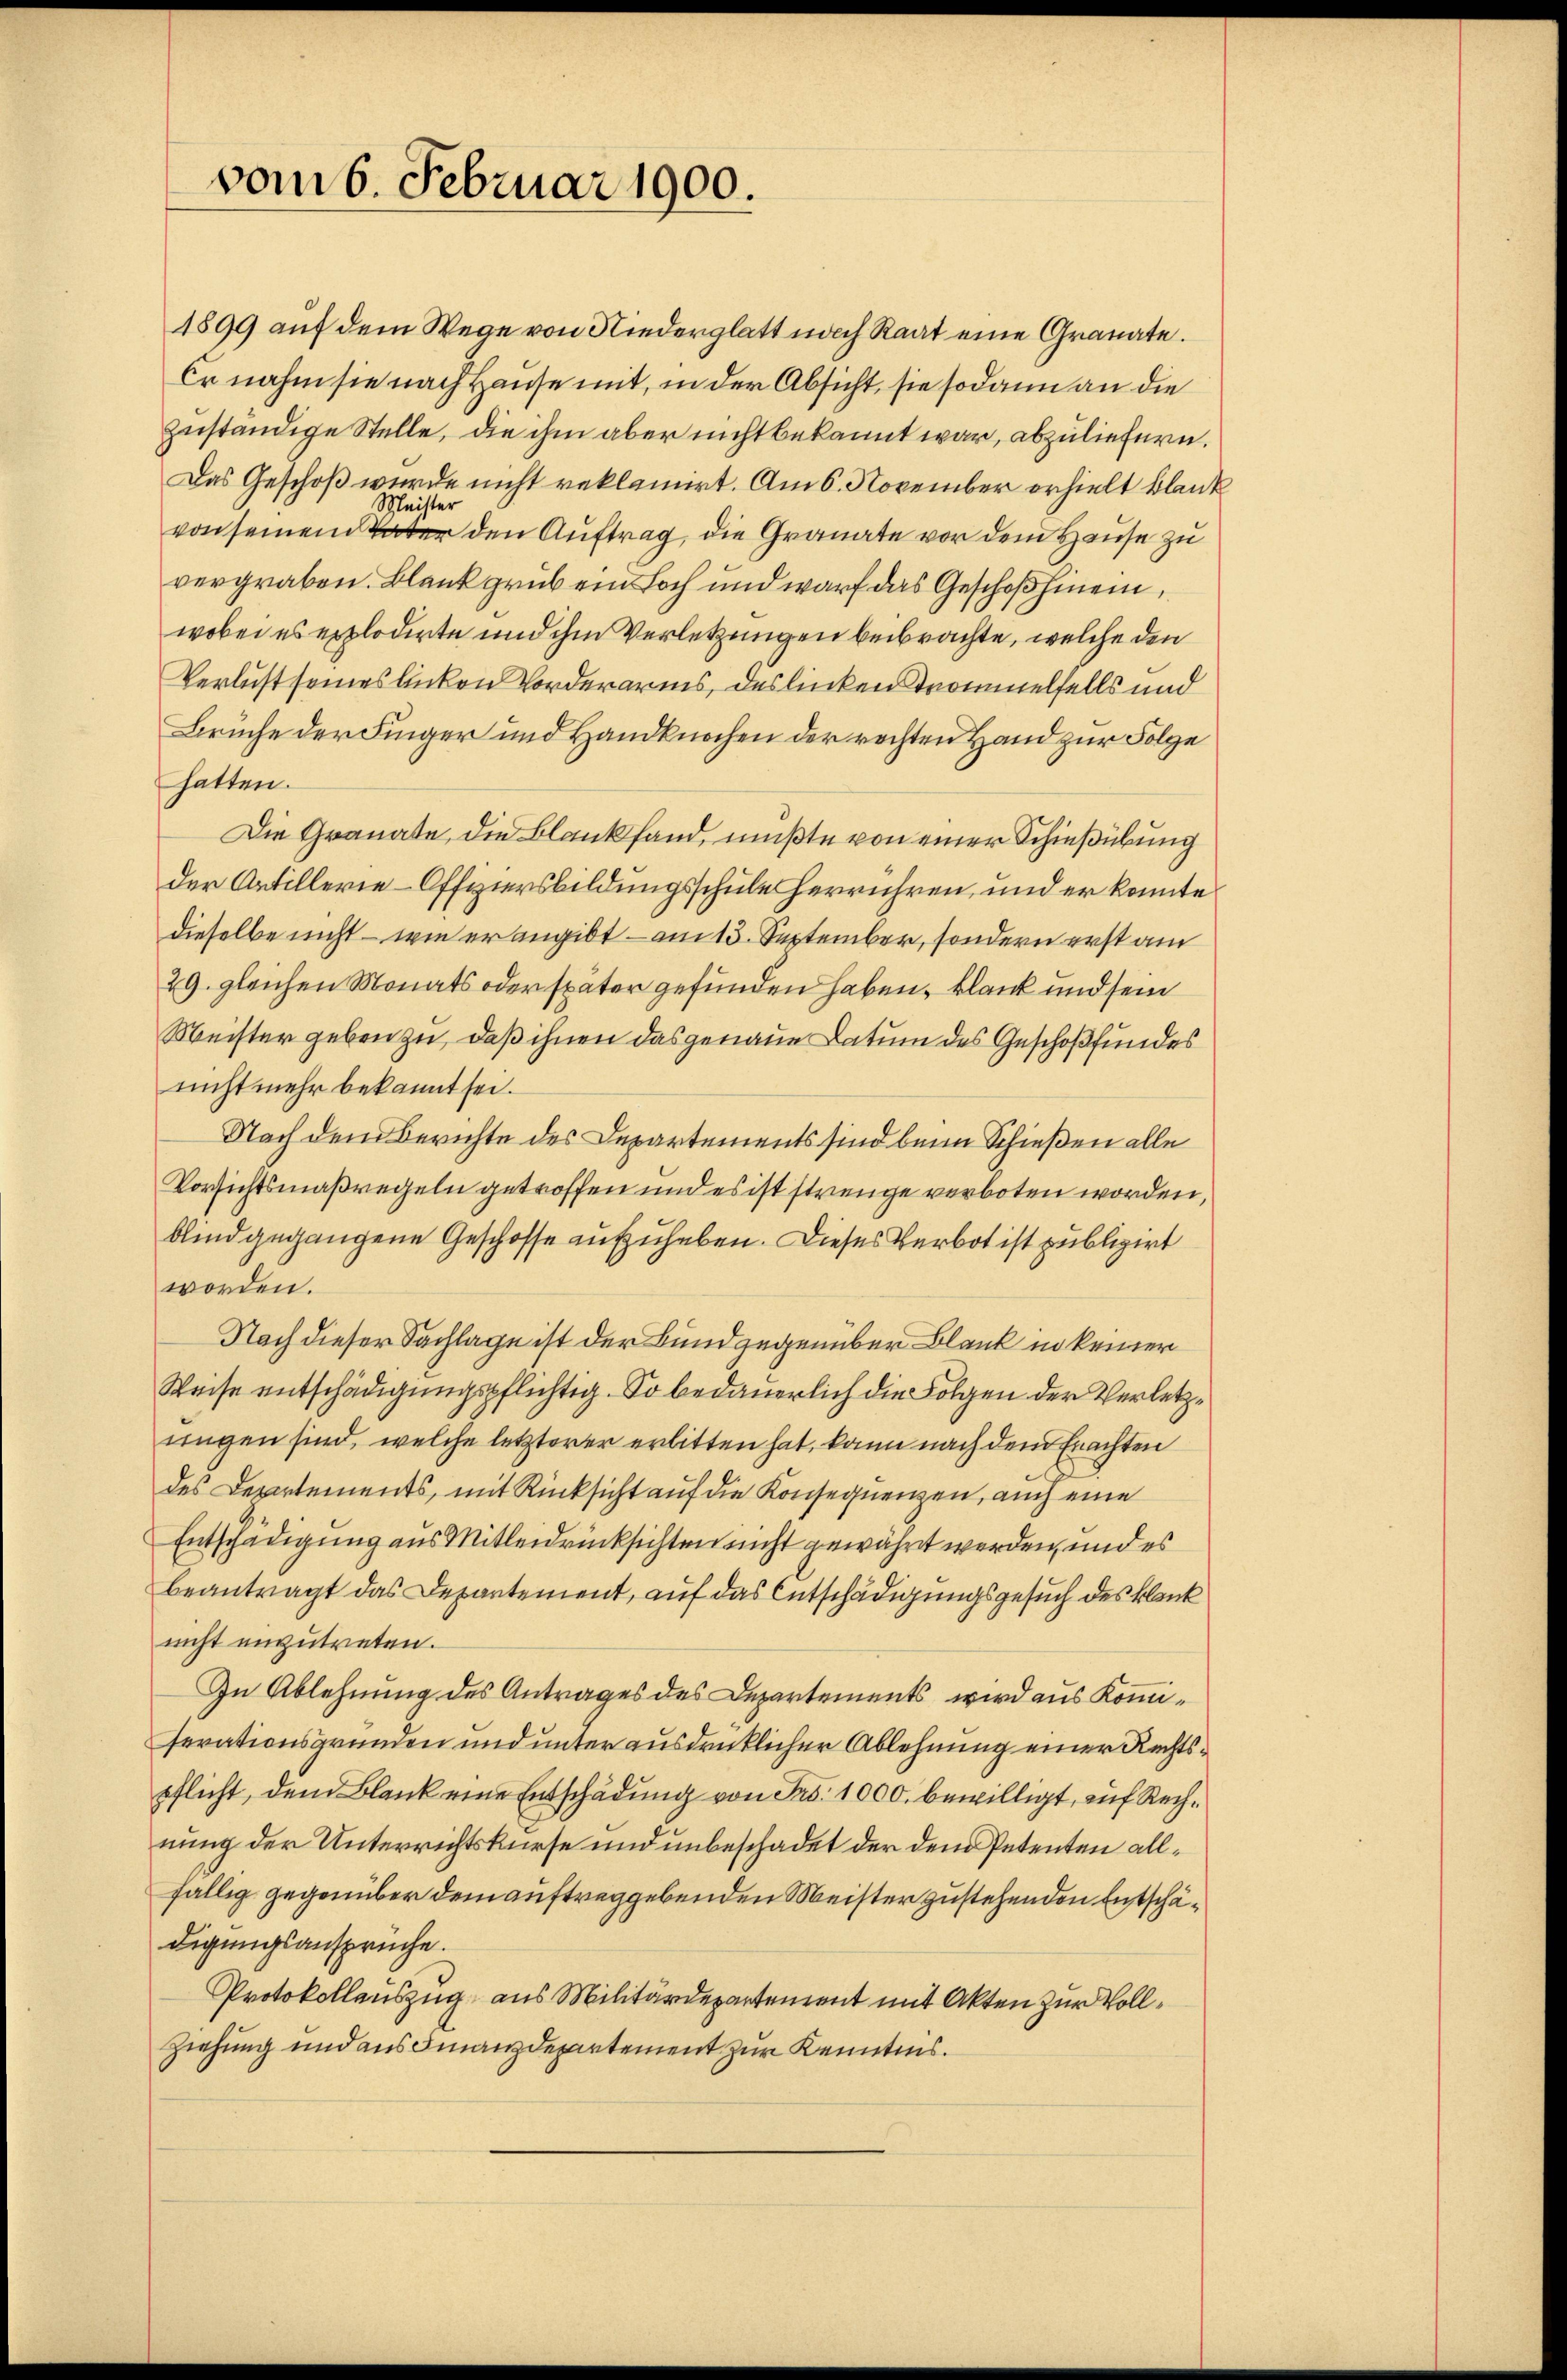
vom 6. Februar 1900.

1899 auf dem Wege von Niederglatt nach Rat eine Granate.
Er nahm sie nach Hause mit, in der Absicht, sie sodann an die
zuständige Stelle, die ihm aber nicht bekannt war, abzuliefern.
Das Geschoß wurde nicht reklamirt. Am 6. November erhielt blank
Meister
von seinem Vater den Auftrag, die Granate vor dem Hause zu
vergraben. Blank grüb ein Loch und warf das Geschoß hinein,
wobei es explodirte und ihm Verletzungen beibrachte, welche den
Verlust seines linken Vorderaris, des linken Trommelfalls und
Bruche der Finger und Handknochen der rechten Hand zur Folge
hatten.
Die Granate, die Blankfand, mußte von einer Schießübung
der Artillerie-Offviersbildungsschule herrühren, und er konnte
dieselbe nicht – wie er angibt – am 13. September, sondern erst am
29. gleichen Monats oder später gefunden haben, blank und sein
Meister geben zu, daß ihnen das genaue Datum des Geschoßfundes
nicht mehr bekannt sei.
Nach dem Berichte des Departements sind beim Schießen alle
Vorsichtsmaßregeln getroffen und es ist strenge verboten worden,
blind gegangene Geschosse aufzuheben. Dieses Verbot ist publizirt
worden.
Nach dieser Sachlage ist der Bundgegenüber Blank in keiner
Weise entschädigungspflichtig. So bedauerlich die Folgen der Verletzringen sind, welche letzterer erbitten hat, kann nach dem Erachten
des Departements, mit Rücksicht auf die Konsequenzen, auch eine
Entschädigung aus Mitleidrücksichten nicht gewährt werden, und es
beantragt das Departement, auf das Entschädigungsgesuch des klank
nicht einzutreten.
In Ablehnung des Antrages des Departements wird aus Kommiferationsgründen und unter ausdrücklicher Ablehnung einer Rechtspflicht, dem Blank eine Entschädung von Fr. 1000. bewilligt, auf Rechnung der Unterrichtskurse und unbeschadet der dem Petenten allfällig gegenüber dem auftreggebenden Meister zustehenden Entschädigungsansprüche.
Protokollauszug aus Militärdepartement mit Akten zur Vollziehung und aus Finanzdepartement zur Kenntnis.